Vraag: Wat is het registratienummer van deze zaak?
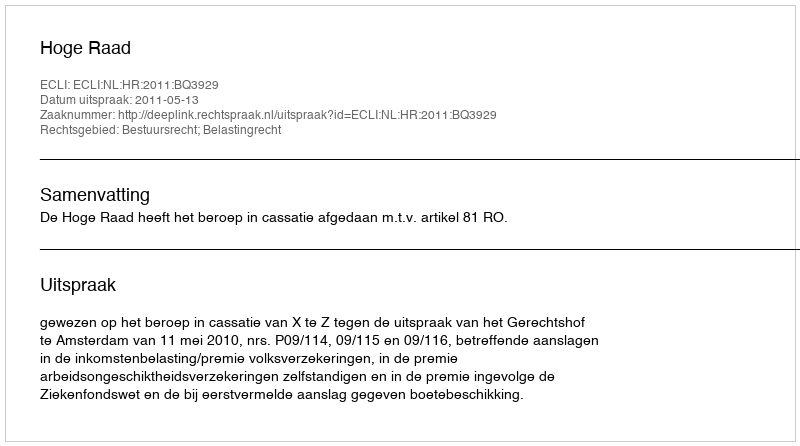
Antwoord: http://deeplink.rechtspraak.nl/uitspraak?id=ECLI:NL:HR:2011:BQ3929